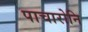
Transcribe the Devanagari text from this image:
पाचारोनि